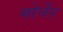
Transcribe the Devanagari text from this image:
मोर्नेर